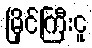
မြိုင်ကြီးငူ